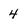
Character: 4